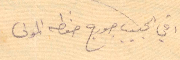
اخي الحبيب جورج حفظه المولى